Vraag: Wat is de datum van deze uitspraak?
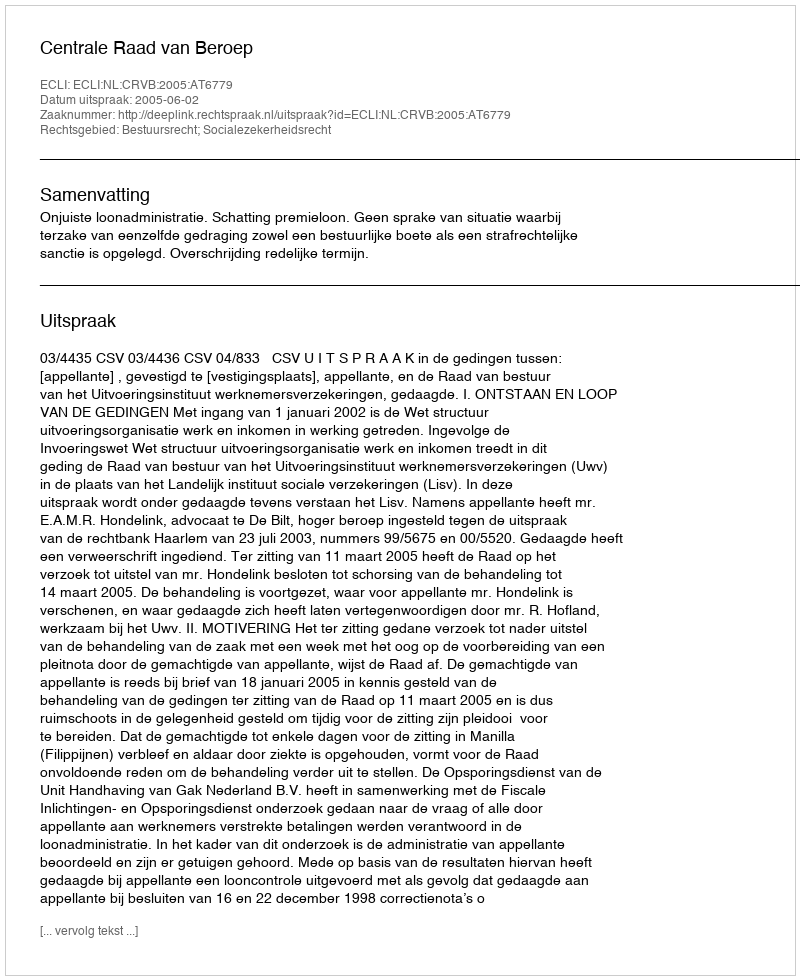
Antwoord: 2005-06-02